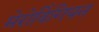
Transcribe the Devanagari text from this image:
मेरोविंगियन